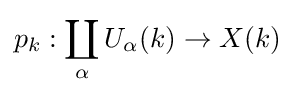
p_{k}:\coprod _{\alpha }U_{\alpha }(k)\to X(k)